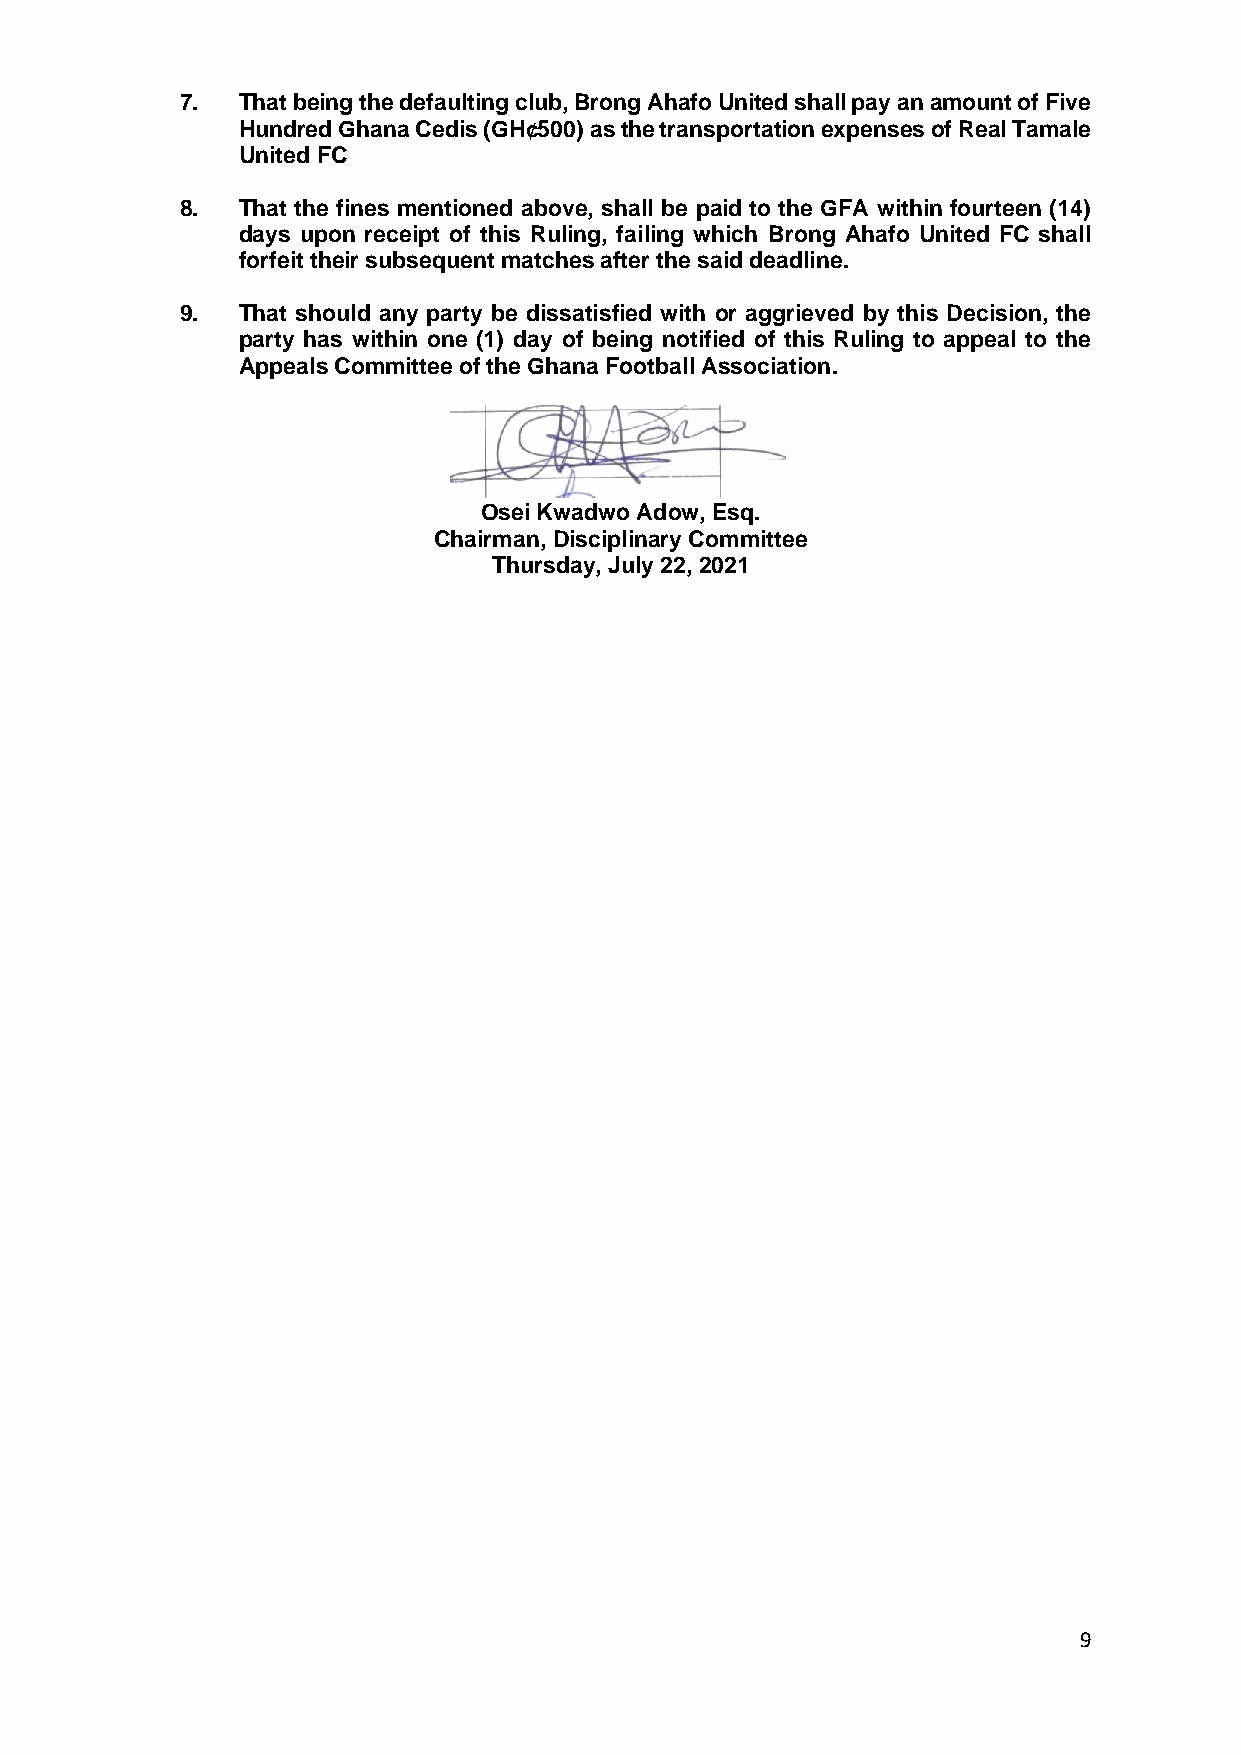
7.  That being the defaulting club, Brong Ahafo United shall pay an amount of Five
 Hundred Ghana Cedis (GH¢500) as the transportation expenses of Real Tamale
 United FC
 8.  That the fines mentioned above, shall be paid to the GFA within fourteen (14)
 days upon receipt of this Ruling, failing which Brong Ahafo United FC shall
 forfeit their subsequent matches after the said deadline.
 9.  That should any party be dissatisfied with or aggrieved by this Decision, the
 party has within one (1) day of being notified of this Ruling to appeal to the
 Appeals Committee of the Ghana Football Association.
 Osei Kwadwo Adow, Esq.
 Chairman, Disciplinary Committee
 Thursday, July 22, 2021
 9